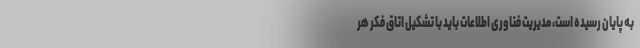
به پایان رسیده است، مدیریت فناوری اطلاعات باید با تشکیل اتاق فکر هر